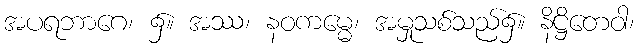
အပရဘာဂေ၊ ၌။ အဿ၊ နဝကမ္မေ၊ အမှုသစ်သည်၌။ နိဋ္ဌိတေဝါ၊